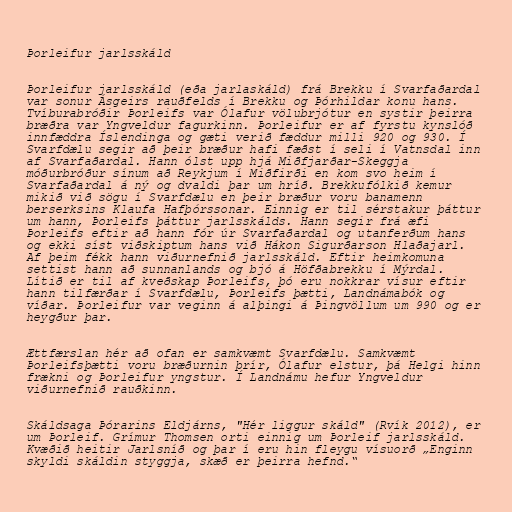
Þorleifur jarlsskáld

Þorleifur jarlsskáld (eða jarlaskáld) frá Brekku í Svarfaðardal
var sonur Ásgeirs rauðfelds í Brekku og Þórhildar konu hans.
Tvíburabróðir Þorleifs var Ólafur völubrjótur en systir þeirra
bræðra var Yngveldur fagurkinn. Þorleifur er af fyrstu kynslóð
innfæddra Íslendinga og gæti verið fæddur milli 920 og 930. Í
Svarfdælu segir að þeir bræður hafi fæðst í seli í Vatnsdal inn
af Svarfaðardal. Hann ólst upp hjá Miðfjarðar-Skeggja
móðurbróður sínum að Reykjum í Miðfirði en kom svo heim í
Svarfaðardal á ný og dvaldi þar um hríð. Brekkufólkið kemur
mikið við sögu í Svarfdælu en þeir bræður voru banamenn
berserksins Klaufa Hafþórssonar. Einnig er til sérstakur þáttur
um hann, Þorleifs þáttur jarlsskálds. Hann segir frá æfi
Þorleifs eftir að hann fór úr Svarfaðardal og utanferðum hans
og ekki síst viðskiptum hans við Hákon Sigurðarson Hlaðajarl.
Af þeim fékk hann viðurnefnið jarlsskáld. Eftir heimkomuna
settist hann að sunnanlands og bjó á Höfðabrekku í Mýrdal.
Lítið er til af kveðskap Þorleifs, þó eru nokkrar vísur eftir
hann tilfærðar í Svarfdælu, Þorleifs þætti, Landnámabók og
víðar. Þorleifur var veginn á alþingi á Þingvöllum um 990 og er
heygður þar.

Ættfærslan hér að ofan er samkvæmt Svarfdælu. Samkvæmt
Þorleifsþætti voru bræðurnin þrír, Ólafur elstur, þá Helgi hinn
frækni og Þorleifur yngstur. Í Landnámu hefur Yngveldur
viðurnefnið rauðkinn.

Skáldsaga Þórarins Eldjárns, "Hér liggur skáld" (Rvík 2012), er
um Þorleif. Grímur Thomsen orti einnig um Þorleif jarlsskáld.
Kvæðið heitir Jarlsníð og þar í eru hin fleygu vísuorð „Enginn
skyldi skáldin styggja, skæð er þeirra hefnd.“